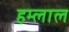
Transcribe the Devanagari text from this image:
हम्लाल